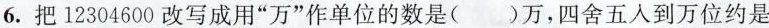
6.把12304600改写成用”万”作单位的数是()万，四舍五入到万位约是